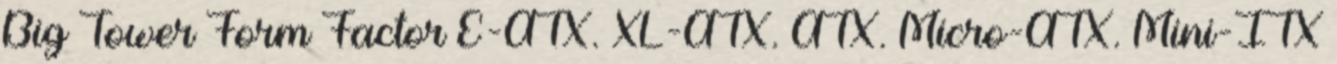
Big Tower Form Factor E-ATX. XL-ATX. ATX. Micro-ATX. Mini-ITX